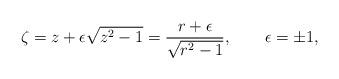
LaTeX: \begin{align*}\zeta =z+\epsilon\sqrt {z^2-1}=\frac {r+\epsilon}{\sqrt {r^2-1}},\qquad\epsilon =\pm 1,\end{align*}